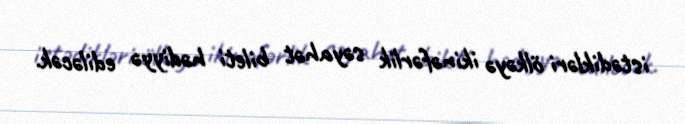
istədikləri ölkəyə ikinəfərlik səyahət bileti hədiyyə ediləcək.